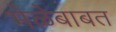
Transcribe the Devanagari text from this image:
भेळेबाबत